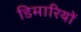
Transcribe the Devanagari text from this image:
डिमारियों